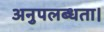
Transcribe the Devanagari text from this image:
अनुपलब्धता।